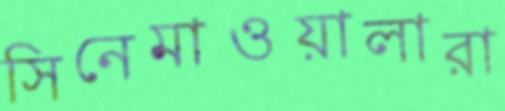
সিনেমাওয়ালারা